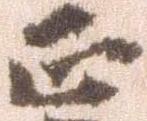
正